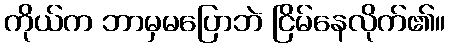
ကိုယ်က ဘာမှမပြောဘဲ ငြိမ်နေလိုက်၏။